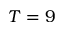
T = 9